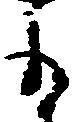
も